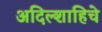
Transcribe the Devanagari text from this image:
अदिल्शाहिचे